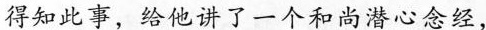
得知此事，给他讲了一个和尚潜心念经，